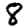
Digit: 8